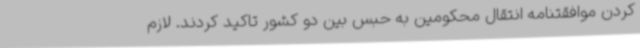
کردن موافقتنامه انتقال محکومین به حبس بین دو کشور تاکید کردند. لازم